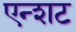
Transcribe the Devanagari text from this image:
एन्शट